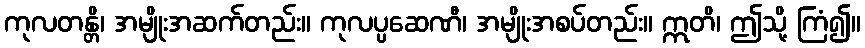
ကုလတန္တိ၊ အမျိုးအဆက်တည်း။ ကုလပ္ပဆေဏီ၊ အမျိုးအစပ်တည်း။ ဣတိ၊ ဤသို့ ကြံ၍။